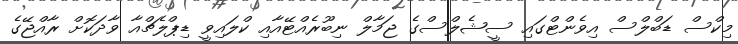
މިކްސް ޑަބްލްސް އިވެންޓްގައި ސީޝެލްސްގެ ޖަމާލް ނިބޫރެއްޓޭއާއި ކްލައިވީ ޑިޕްލެޗްއާ ވާދަކޮށް ރާއްޖޭގެ